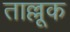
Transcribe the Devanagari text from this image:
ताल्लूक